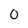
Character: O